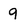
Character: 9